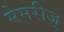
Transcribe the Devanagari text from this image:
मेमरीज्